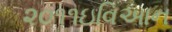
૨૦૧૧ઇવિઆન